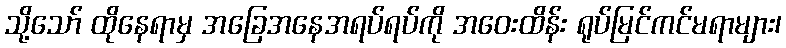
သို့သော် ထိုနေရာမှ အခြေအနေအရပ်ရပ်ကို အဝေးထိန်း ရုပ်မြင်ကင်မရာများ၊